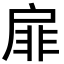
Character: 扉